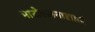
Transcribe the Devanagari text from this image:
भारोत्तलनासाठी